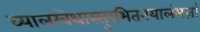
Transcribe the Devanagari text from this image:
व्यालम्बेथास्सुरभितनयालंभजां